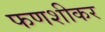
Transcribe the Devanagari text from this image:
फणशीकर